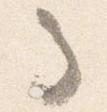
馬